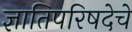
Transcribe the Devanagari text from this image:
ज्ञातिपरिषदेचे